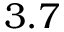
3 . 7